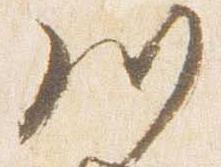
川